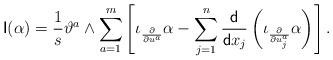
LaTeX: \begin{align*}{\sf I}(\alpha)=\frac{1}{s}\vartheta^a\wedge \sum_{a=1}^m\left[\iota_{\frac{\partial}{\partial u^a}}\alpha-\sum_{j=1}^n\frac{\sf d}{{\sf d} x_j}\left(\iota_{\frac{\partial}{\partial u^a_j}}\alpha\right)\right].\end{align*}